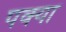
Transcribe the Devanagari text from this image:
पक्या